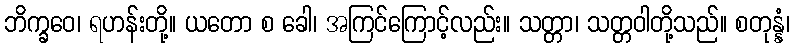
ဘိက္ခဝေ၊ ရဟန်းတို့။ ယတော စ ခေါ၊ အကြင်ကြောင့်လည်း။ သတ္တာ၊ သတ္တဝါတို့သည်။ စတုန္နံ၊